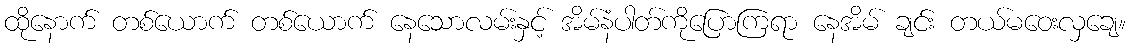
ထိုနောက် တစ်ယောက် တစ်ယောက် နေသောလမ်းနှင့် အိမ်နံပါတ်ကိုပြောကြရာ နေအိမ် ချင်း တယ်မဝေးလှချေ။